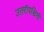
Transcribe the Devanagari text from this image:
उत्तरीपश्चिमी